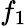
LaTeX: f_{1}